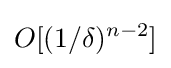
O[(1/\delta )^{n-2}]